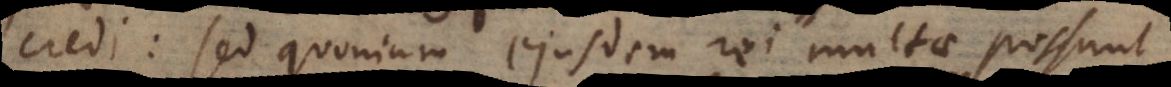
credi: sed quoniam ejusdem rei multae possunt